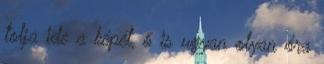
tolja ide a képét, ő is ugyan olyan óra